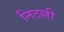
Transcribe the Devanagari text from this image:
निठल्ली